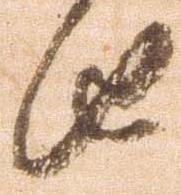
由